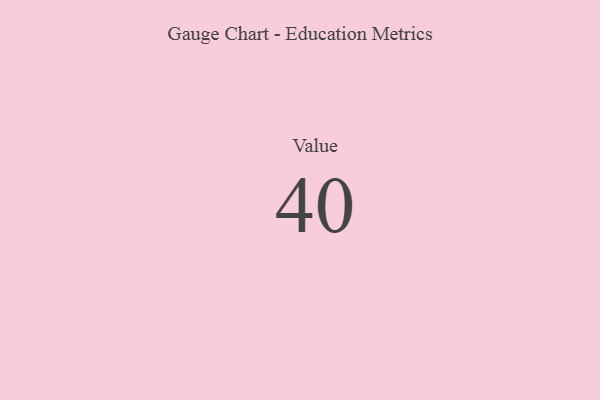
{"axis": {"x": "Metric", "y": "Value"}, "legend": [""], "data": [{"x": "Value", "y": 40, "type": ""}]}